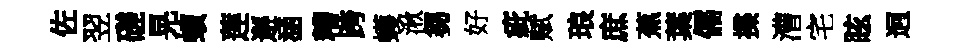
佐翌磋晃蠙莲邂涵糟跨蠖湫芻好疵赋琅庶蕉葉儒揲漕宅眩迥